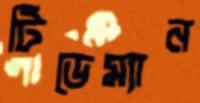
টিডেম্যান